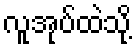
လူအုပ်ထဲသို့